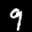
Label: 9